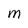
Character: M